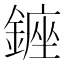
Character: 𨫈